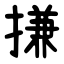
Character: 搛